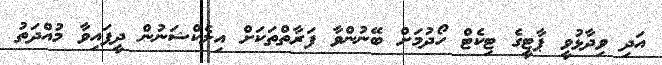
އަދި ވިދާޅުވީ ޕާޓީގެ ޓިކެޓް ހޯދުމަށް ބޭނުންވާ ފަރާތްތަކަށް އިލެކްޝަނުން ދީފައިވާ މުއްދަތު